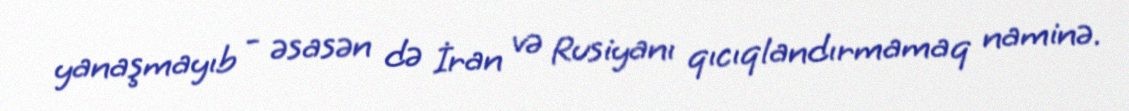
yanaşmayıb - əsasən də İran və Rusiyanı qıcıqlandırmamaq naminə.